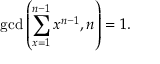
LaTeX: \operatorname* { g c d } \left( \sum _ { x = 1 } ^ { n - 1 } x ^ { n - 1 } , n \right) = 1 .